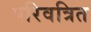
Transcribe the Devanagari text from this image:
परिवत्रित